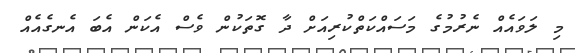
މި ލަވައެއް ނެރުމުގެ މަސައްކަތްކުރިއަށް ދާ ގޮތަކުން ވެސް އެކަން އެބަ އެނގެއެއް